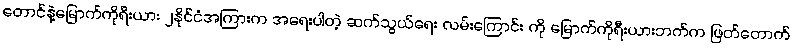
တောင်နဲ့မြောက်ကိုရီးယား ၂နိုင်ငံအကြားက အရေးပါတဲ့ ဆက်သွယ်ရေး လမ်းကြောင်း ကို မြောက်ကိုရီးယားဘက်က ဖြတ်တောက်